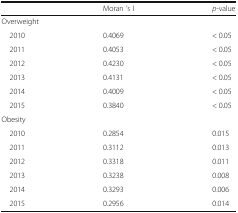
<table><thead><tr><td></td><td><b>Moran ’s I</b></td><td><b><i>p</i>-value</b></td></tr></thead><tbody><tr><td colspan="3">Overweight</td></tr><tr><td> 2010</td><td>0.4069</td><td>&lt; 0.05</td></tr><tr><td> 2011</td><td>0.4053</td><td>&lt; 0.05</td></tr><tr><td> 2012</td><td>0.4230</td><td>&lt; 0.05</td></tr><tr><td> 2013</td><td>0.4131</td><td>&lt; 0.05</td></tr><tr><td> 2014</td><td>0.4009</td><td>&lt; 0.05</td></tr><tr><td> 2015</td><td>0.3840</td><td>&lt; 0.05</td></tr><tr><td colspan="3">Obesity</td></tr><tr><td> 2010</td><td>0.2854</td><td>0.015</td></tr><tr><td> 2011</td><td>0.3112</td><td>0.013</td></tr><tr><td> 2012</td><td>0.3318</td><td>0.011</td></tr><tr><td> 2013</td><td>0.3238</td><td>0.008</td></tr><tr><td> 2014</td><td>0.3293</td><td>0.006</td></tr><tr><td> 2015</td><td>0.2956</td><td>0.014</td></tr></tbody></table>